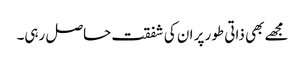
مجھے بھی ذاتی طور پر ان کی شفقت حاصل رہی۔